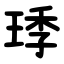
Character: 㻑